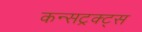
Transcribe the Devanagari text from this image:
कन्सट्रक्ट्स